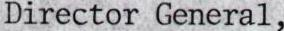
Director General,